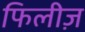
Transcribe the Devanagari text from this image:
फिलीज़